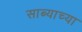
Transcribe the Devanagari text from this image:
साब्याच्या